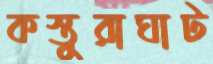
কস্তুরাঘাট